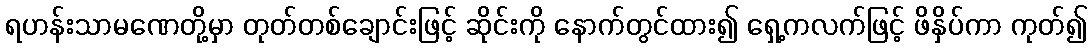
ရဟန်းသာမဏေတို့မှာ တုတ်တစ်ချောင်းဖြင့် ဆိုင်းကို နောက်တွင်ထား၍ ရှေ့ကလက်ဖြင့် ဖိနှိပ်ကာ ကုတ်၍